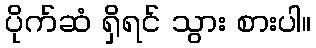
ပိုက်ဆံ ရှိရင် သွား စားပါ။